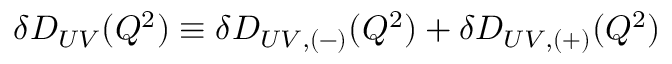
\delta D _ { U V } ( Q ^ { 2 } ) \equiv \delta D _ { U V , ( - ) } ( Q ^ { 2 } ) + \delta D _ { U V , ( + ) } ( Q ^ { 2 } )